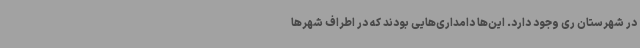
در شهرستان ری وجود دارد. این‌ها دامداری‌هایی بودند که در اطراف شهرها